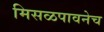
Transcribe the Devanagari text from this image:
मिसळपावनेच